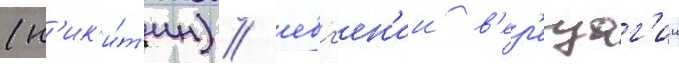
(н'ик'и́т'ин) / евг'ен'ии в'ер'ещаг'ин